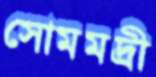
সোমমদ্রী